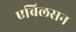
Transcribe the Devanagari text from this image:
एबिलसन